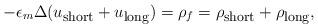
LaTeX: \begin{align*} -\epsilon_m \Delta (u_{\mbox{\footnotesize short}} + u_{\mbox{\footnotesize long}}) = \rho_f = \rho_{\mbox{\footnotesize short}} + \rho_{\mbox{\footnotesize long}},\end{align*}